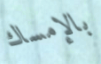
بالإمساك